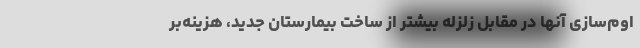
اوم‌سازی آنها در مقابل زلزله بیشتر از ساخت بیمارستان جدید، هزینه‌بر